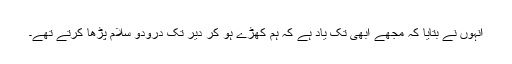
انہوں نے بتایا کہ مجھے ابھی تک یاد ہے کہ ہم کھڑے ہو کر دیر تک درودو سلام پڑھا کرتے تھے۔